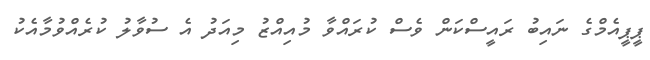
ޕީޕީއެމްގެ ނައިބު ރައީސްކަން ވެސް ކުރައްވާ މުއިއްޒު މިއަދު އެ ސުވާލު ކުރެއްވުމާއެކު